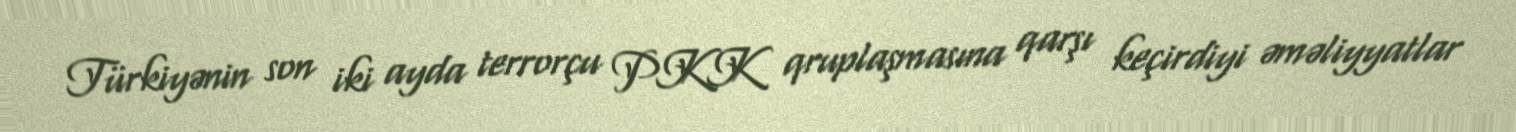
Türkiyənin son iki ayda terrorçu PKK qruplaşmasına qarşı keçirdiyi əməliyyatlar